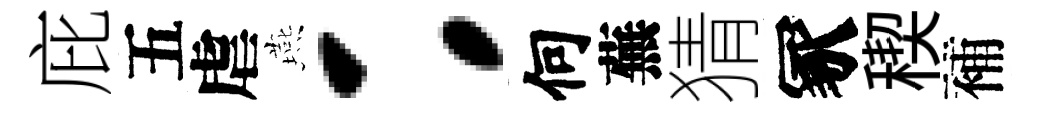
庇五虐燕：何蕪猜冢稧補